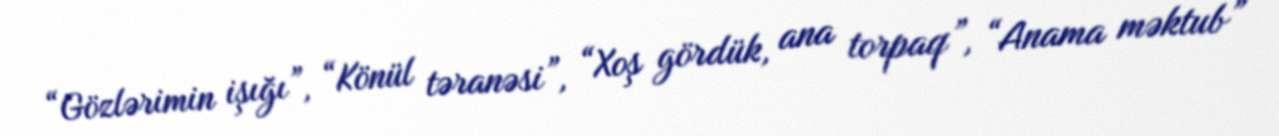
“Gözlərimin işığı”, “Könül təranəsi”, “Xoş gördük, ana torpaq”, “Anama məktub”